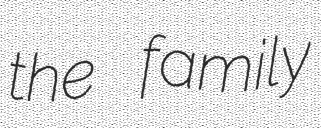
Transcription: the family